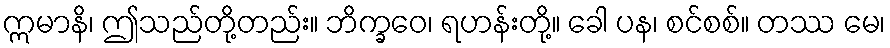
ဣမာနိ၊ ဤသည်တို့တည်း။ ဘိက္ခဝေ၊ ရဟန်းတို့။ ခေါ ပန၊ စင်စစ်။ တဿ မေ၊